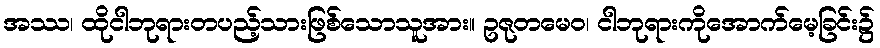
အဿ၊ ထိုငါဘုရားတပည့်သားဖြစ်သောသူအား။ ဥဇုတမေဝ၊ ငါဘုရားကိုအောက်မေ့ခြင်း၌